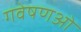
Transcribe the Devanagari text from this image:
गवेषणओं